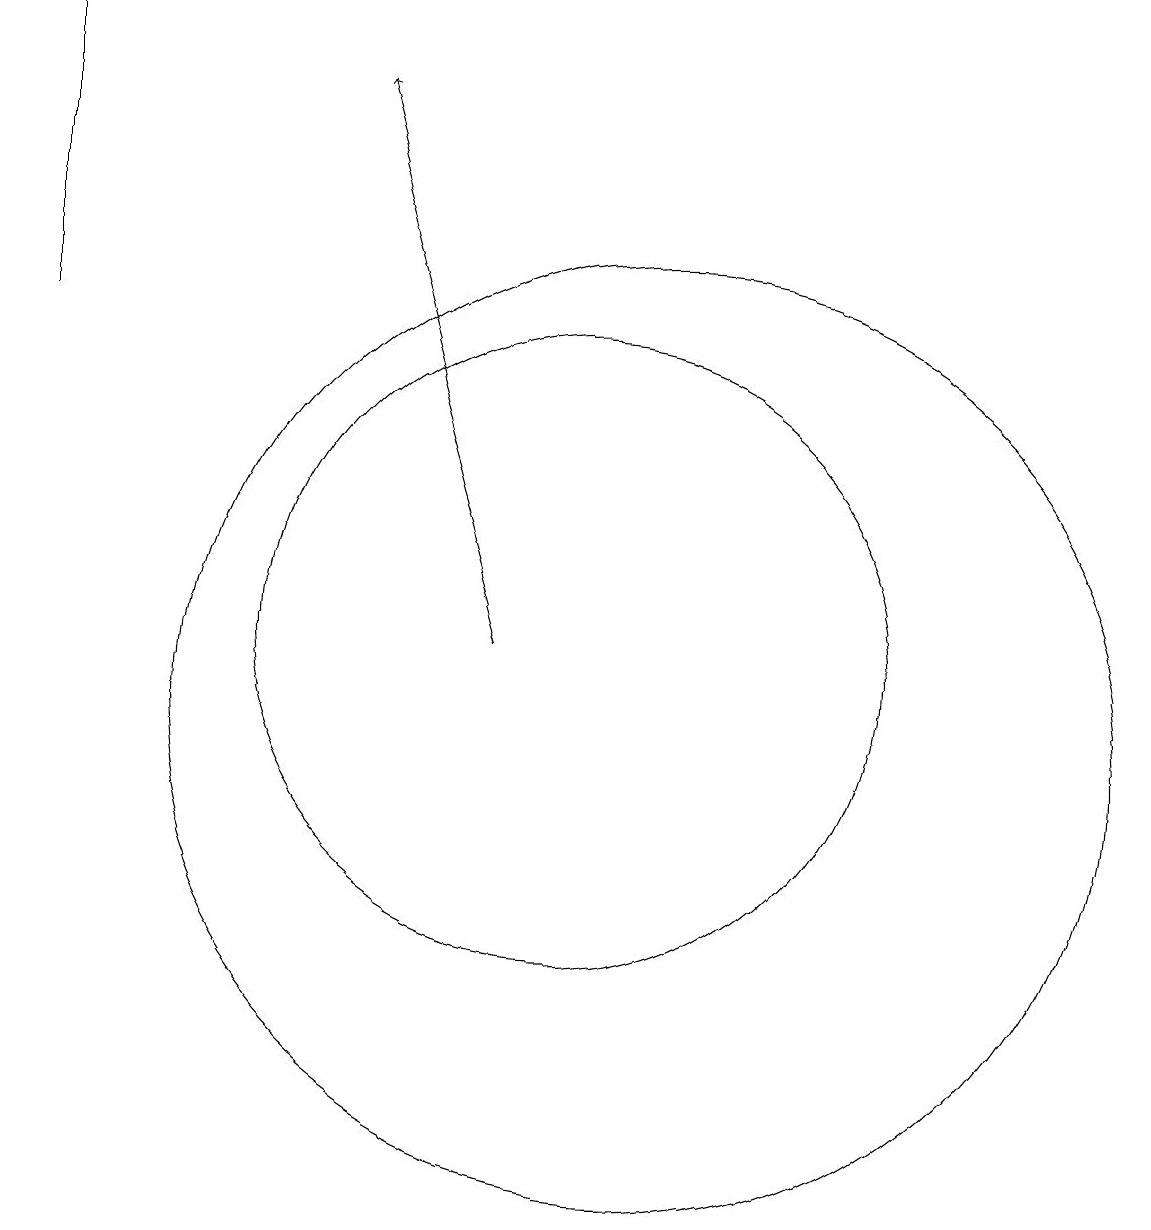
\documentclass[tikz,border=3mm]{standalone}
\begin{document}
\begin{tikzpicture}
\draw (11,11) circle (0);
\draw (11,10) circle (6);
\draw (10,11) circle (4);
\draw[->] (9,11) -- (7,18);
\draw[->] (3,15) -- (3,19);
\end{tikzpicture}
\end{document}